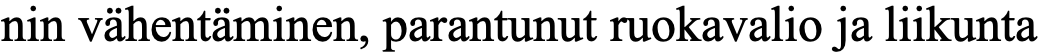
nin vähentäminen, parantunut ruokavalio ja liikunta